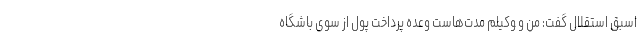
اسبق استقلال گفت: من و وکیلم مدت‌هاست وعده پرداخت پول از سوی باشگاه